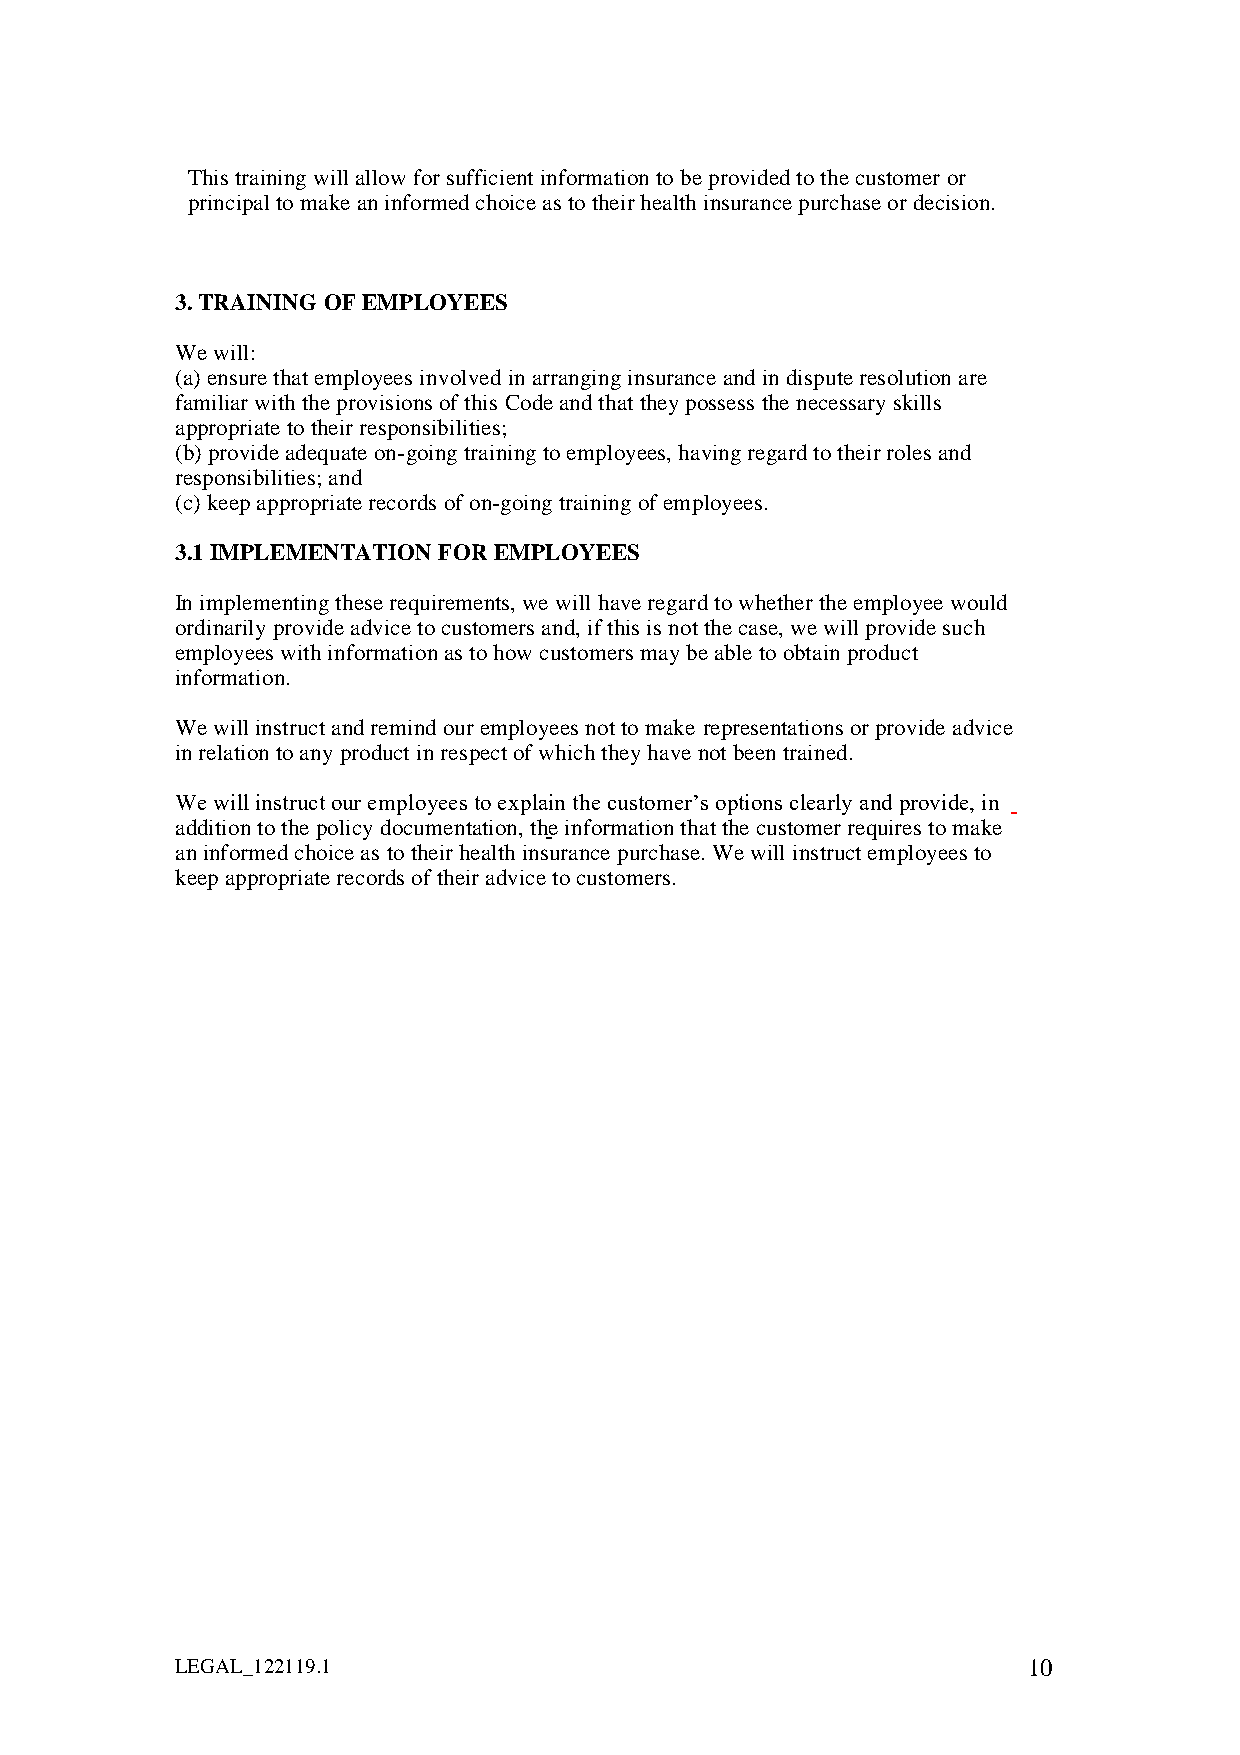
This training will allow for sufficient information to be provided to the customer or
 principal to make an informed choice as to their health insurance purchase or decision.
 3. TRAINING OF EMPLOYEES
 We will:
 (a) ensure that employees involved in arranging insurance and in dispute resolution are
 familiar with the provisions of this Code and that they possess the necessary skills
 appropriate to their responsibilities;
 (b) provide adequate on-going training to employees, having regard to their roles and
 responsibilities; and
 (c) keep appropriate records of on-going training of employees.
 3.1 IMPLEMENTATION FOR EMPLOYEES
 In implementing these requirements, we will have regard to whether the employee would
 ordinarily provide advice to customers and, if this is not the case, we will provide such
 employees with information as to how customers may be able to obtain product
 information.
 We will instruct and remind our employees not to make representations or provide advice
 in relation to any product in respect of which they have not been trained.
 We will instruct our employees to explain the customer’s options clearly and provide, in
 addition to the policy documentation, the information that the customer requires to make
 an informed choice as to their health insurance purchase. We will instruct employees to
 keep appropriate records of their advice to customers.
 LEGAL_122119.1                                          10